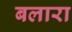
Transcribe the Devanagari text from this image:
बलारा